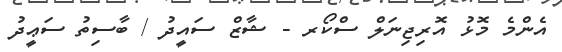
އެންމެ މޮޅު އޮރިޖިނަލް ސްކޯރ - ޝާޒް ސައީދު / ބާސިތު ސަޢީދު